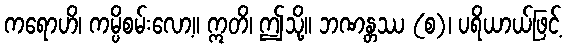
ကရောဟိ၊ ကမ္ပိစမ်းလော့။ ဣတိ၊ ဤသို့။ ဘဏန္တဿ (စ)၊ ပရိယာယ်ဖြင့်